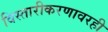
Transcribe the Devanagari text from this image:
विस्तारीकरणावरही